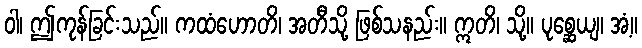
ဝါ၊ ဤကုန်ခြင်းသည်။ ကထံဟောတိ၊ အတီသို့ ဖြစ်သနည်း။ ဣတိ၊ သို့။ ပုစ္ဆေယျ၊ အံ့။